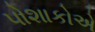
પોશાકોએ